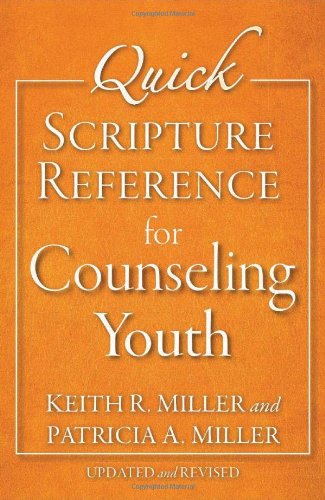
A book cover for Quick Scripture Reference for Counseling Youth; Patricia A. Miller; Christian Books & Bibles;